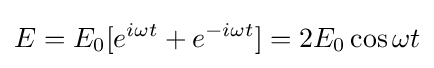
E=E_{0}[e^{i\omega t}+e^{-i\omega t}]=2E_{0}\cos \omega t